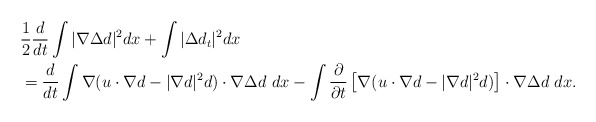
\begin{align*}\begin{aligned}&\frac{1}{2}\frac{d}{dt}\int |\nabla \Delta d|^2 dx+\int |\Delta d_t|^2 dx\\&= \frac{d}{dt}\int \nabla (u \cdot \nabla d-|\nabla d|^2 d)\cdot \nabla \Delta d \ dx -\int \frac{\partial}{\partial t}\left[\nabla(u\cdot \nabla d-|\nabla d|^2 d)\right] \cdot \nabla \Delta d \ dx.\end{aligned}\end{align*}